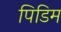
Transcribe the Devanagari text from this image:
पिडिम